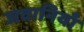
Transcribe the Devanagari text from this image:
जवानियाँ